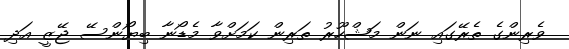
ވެރިންގެ ތެރޭގައި ނަން މަޝްހޫރު ތަރިން ކަމަށްވާ މެޑޯނާ ބިޔޯންސޭ ޖޭޒީ އަދި